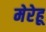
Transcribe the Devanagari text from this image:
मेरेहू